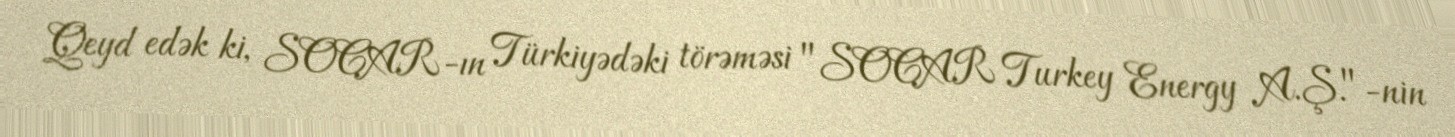
Qeyd edək ki, SOCAR-ın Türkiyədəki törəməsi "SOCAR Turkey Energy A.Ş."-nin